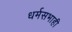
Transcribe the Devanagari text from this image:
धर्मसभाही